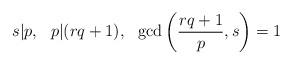
LaTeX: \begin{align*} s|p,\ \ p|(rq+1),\ \ \gcd\left(\frac{rq+1}{p},s\right)=1 \end{align*}